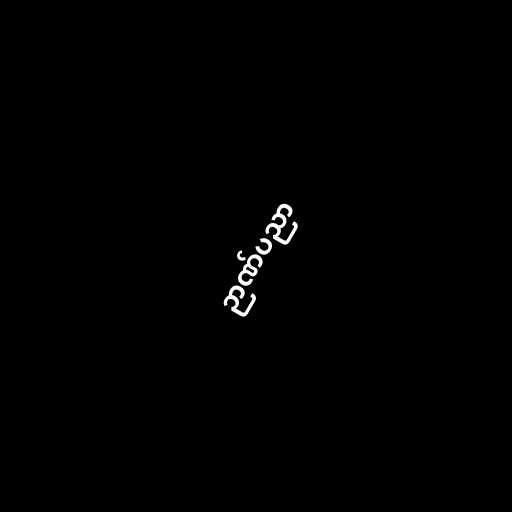
ဉာဏ်ပညာ